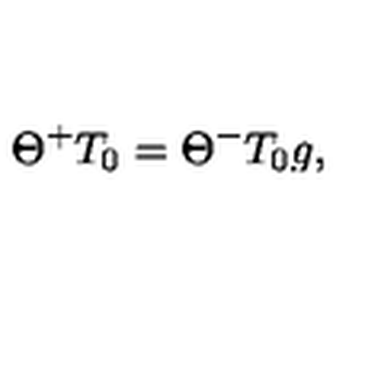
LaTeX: \Theta ^ { + } T _ { 0 } = \Theta ^ { - } T _ { 0 } g ,